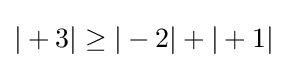
|+3|\geq |-2|+|+1|